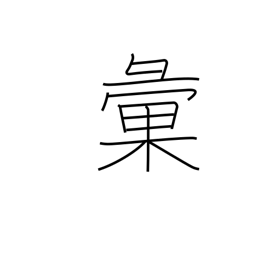
Meaning: classify